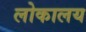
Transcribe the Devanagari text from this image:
लोकालय